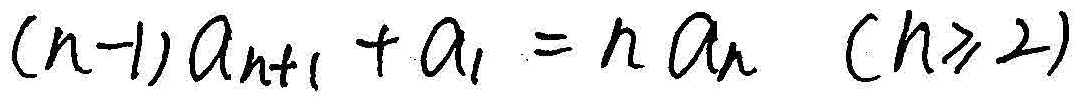
\((n - 1)a_{n + 1}+a_{1}=na_{n}\ (n\geq2)\)